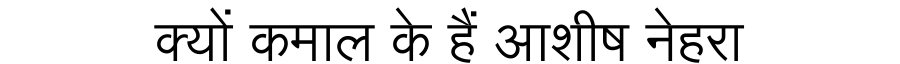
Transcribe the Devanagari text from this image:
क्यों कमाल के हैं आशीष नेहरा